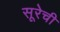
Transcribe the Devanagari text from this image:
सूरेची